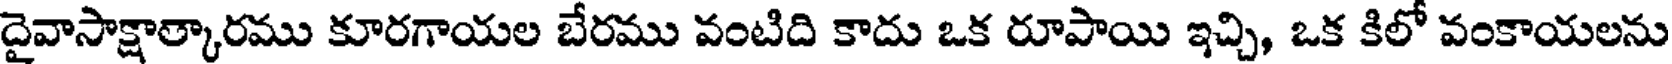
దైవాసాక్షాత్కారము కూరగాయల బేరము వంటిది కాదు ఒక రూపాయి ఇచ్చి, ఒక కిలో వంకాయలను